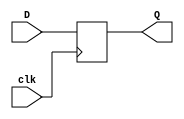


module flip_flop_5(
    output reg[4:0] Q,
    input [4:0] D,
    input clk
    );

always@(posedge clk)
begin
	Q <= D;
end
endmodule